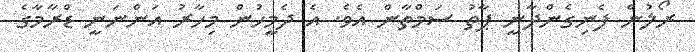
ރޯލުން ފެނިގެންދާނީ ޕާތު ސަމްތާން އެވެ. އެ ދެމީހުން މިހާރު އަންނަނީ ޑްރާމާގެ